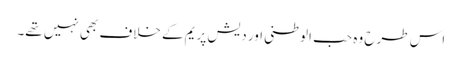
اس طرح وہ حب الوطنی اور دیش پریم کے خلاف بھی نہیں تھے۔